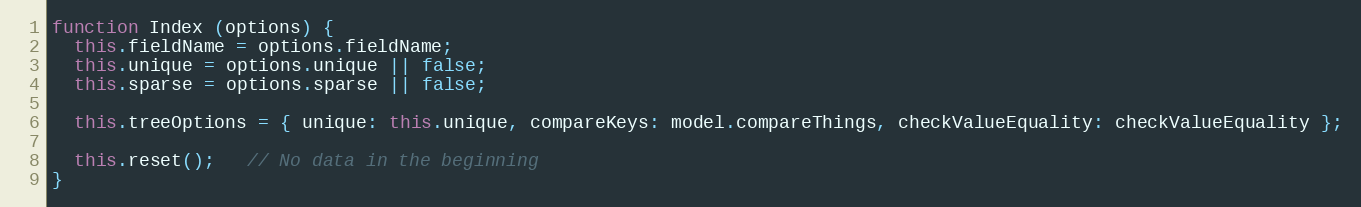
Language: JavaScript
function Index (options) {
  this.fieldName = options.fieldName;
  this.unique = options.unique || false;
  this.sparse = options.sparse || false;

  this.treeOptions = { unique: this.unique, compareKeys: model.compareThings, checkValueEquality: checkValueEquality };

  this.reset();   // No data in the beginning
}